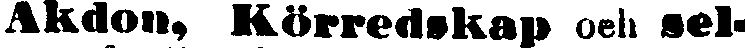
Åkdon, Körredskap och sel-